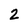
Character: 2